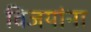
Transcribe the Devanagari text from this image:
विजयांना